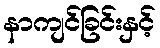
နာကျင်ခြင်းနှင့်